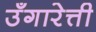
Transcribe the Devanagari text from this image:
उँगारेत्ती